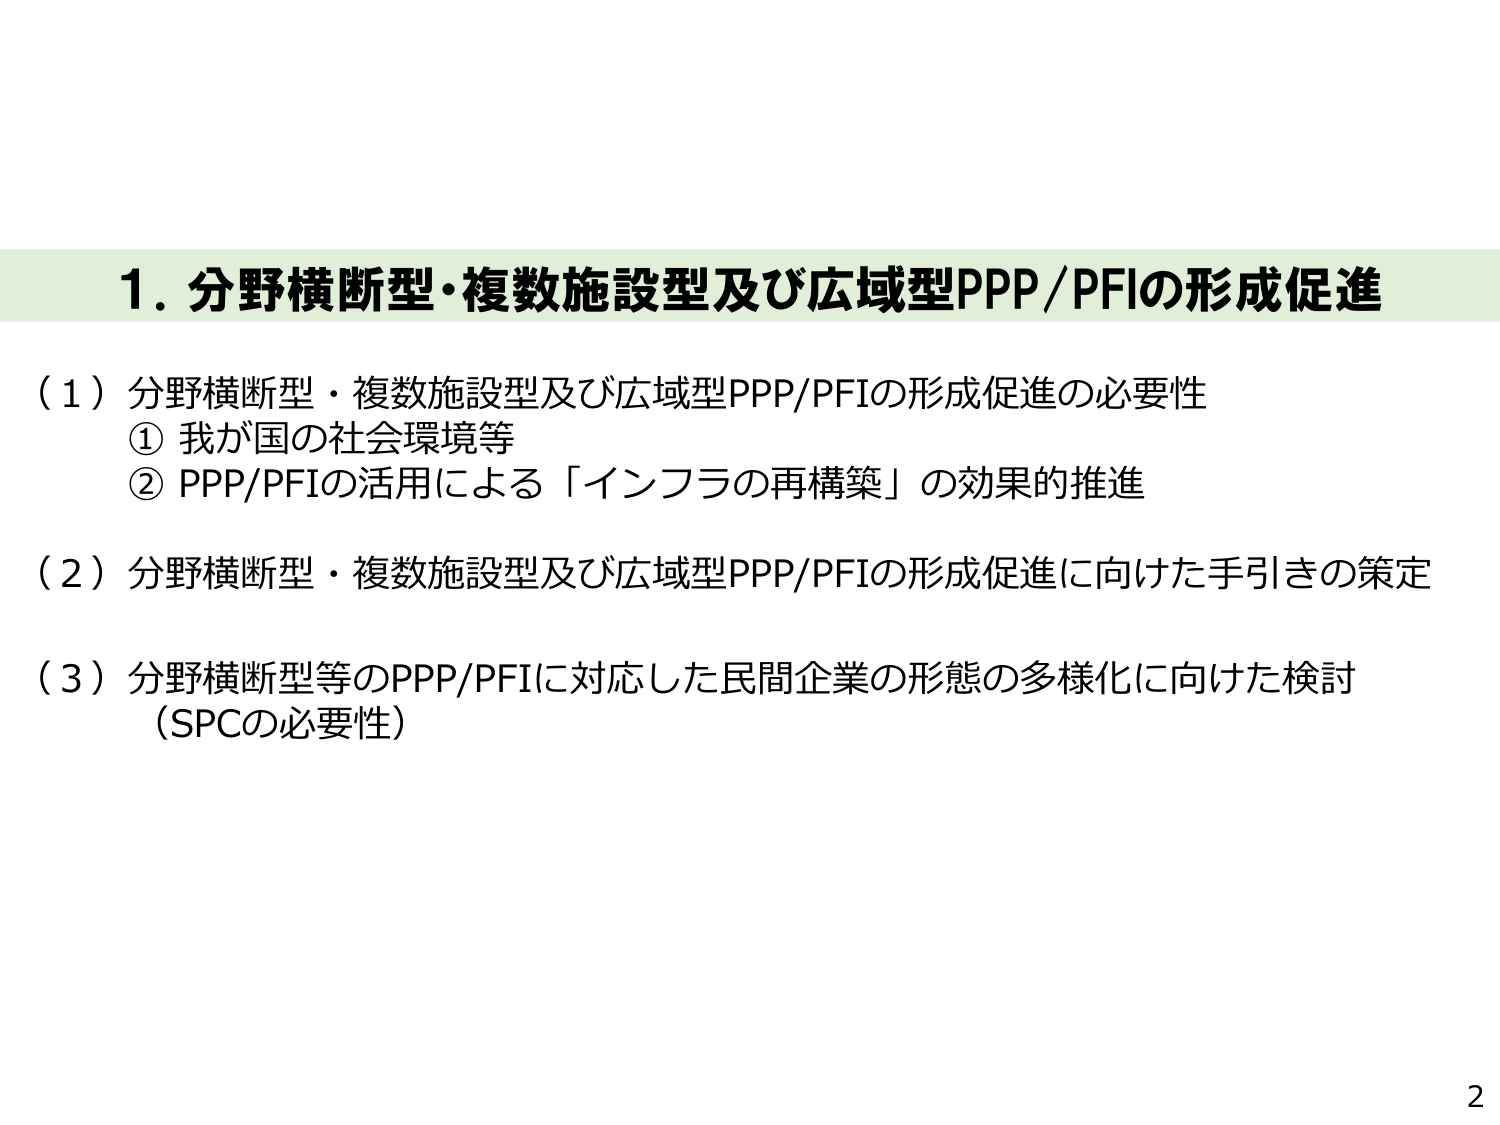
1. 分野横断型・複数施設型及び広域型PPP/PFIの形成促進

（1）分野横断型・複数施設型及び広域型PPP/PFIの形成促進の必要性
① 我が国の社会環境等
② PPP/PFIの活用による「インフラの再構築」の効果的推進

（2）分野横断型・複数施設型及び広域型PPP/PFIの形成促進に向けた手引きの策定

（3）分野横断型等のPPP/PFIに対応した民間企業の形態の多様化に向けた検討
（SPCの必要性）

2